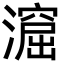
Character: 㵠